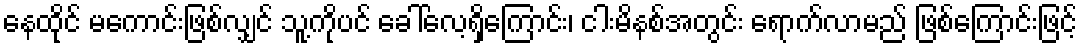
နေထိုင် မကောင်းဖြစ်လျှင် သူ့ကိုပင် ခေါ်လေ့ရှိကြောင်း၊ ငါးမိနစ်အတွင်း ရောက်လာမည် ဖြစ်ကြောင်းဖြင့်